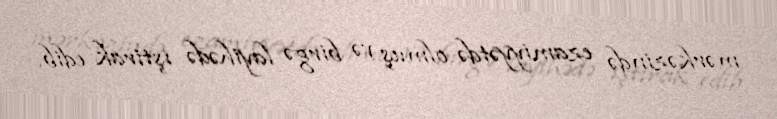
mərkəzində ezamiyyətdə olmuş və birgə layihədə iştirak edib.